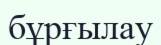
бұрғылау